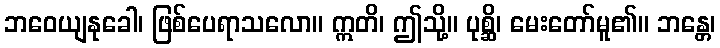
ဘဝေယျနုခေါ၊ ဖြစ်ပေရာသလော။ ဣတိ၊ ဤသို့။ ပုစ္ဆိ၊ မေးတော်မူ၏။ ဘန္တေ၊